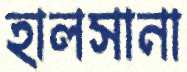
হালসানা